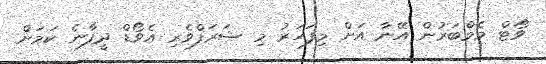
ވޯޓް މެމްބަރުން އޭނާ އަށް މިފަހަރު މި ޝަރަފްވެރި އެވޯޑް ދީފާނެ ކަމަށް